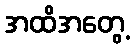
အထိအတွေ့